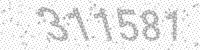
Solution: 311581